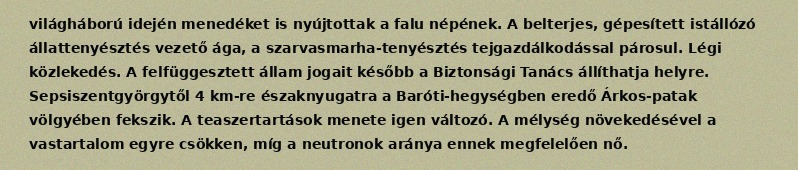
világháború idején menedéket is nyújtottak a falu népének. A belterjes, gépesített istállózó állattenyésztés vezető ága, a szarvasmarha-tenyésztés tejgazdálkodással párosul. Légi közlekedés. A felfüggesztett állam jogait később a Biztonsági Tanács állíthatja helyre. Sepsiszentgyörgytől 4 km-re északnyugatra a Baróti-hegységben eredő Árkos-patak völgyében fekszik. A teaszertartások menete igen változó. A mélység növekedésével a vastartalom egyre csökken, míg a neutronok aránya ennek megfelelően nő.